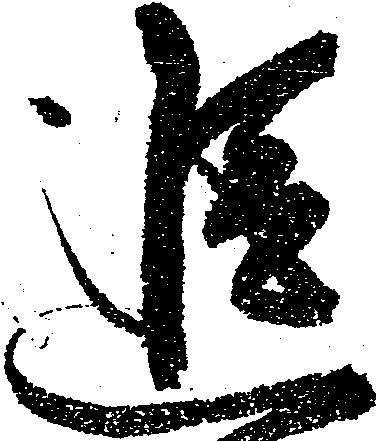
追